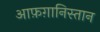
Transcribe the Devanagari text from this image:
आफ़ग़ानिस्तान